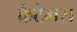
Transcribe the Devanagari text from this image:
क्रैटेगस